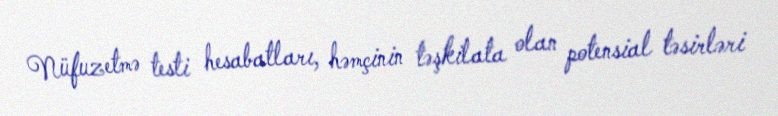
Nüfuzetmə testi hesabatları, həmçinin təşkilata olan potensial təsirləri